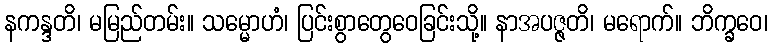
နကန္ဒတိ၊ မမြည်တမ်း။ သမ္မောဟံ၊ ပြင်းစွာတွေဝေခြင်းသို့။ နာအပဇ္ဇတိ၊ မရောက်။ ဘိက္ခဝေ၊